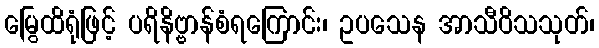
မြွေထိရုံဖြင့် ပရိနိဗ္ဗာန်စံရကြောင်း၊ ဥပသေန အာသီဝိသသုတ်၊